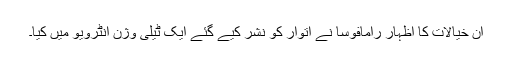
ان خیالات کا اظہار رامافوسا نے اتوار کو نشر کیے گئے ایک ٹیلی وژن انٹرویو میں کیا۔